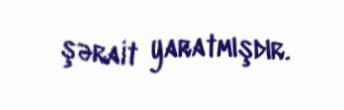
şərait yaratmışdır.